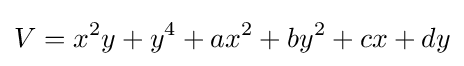
V=x^{2}y+y^{4}+ax^{2}+by^{2}+cx+dy